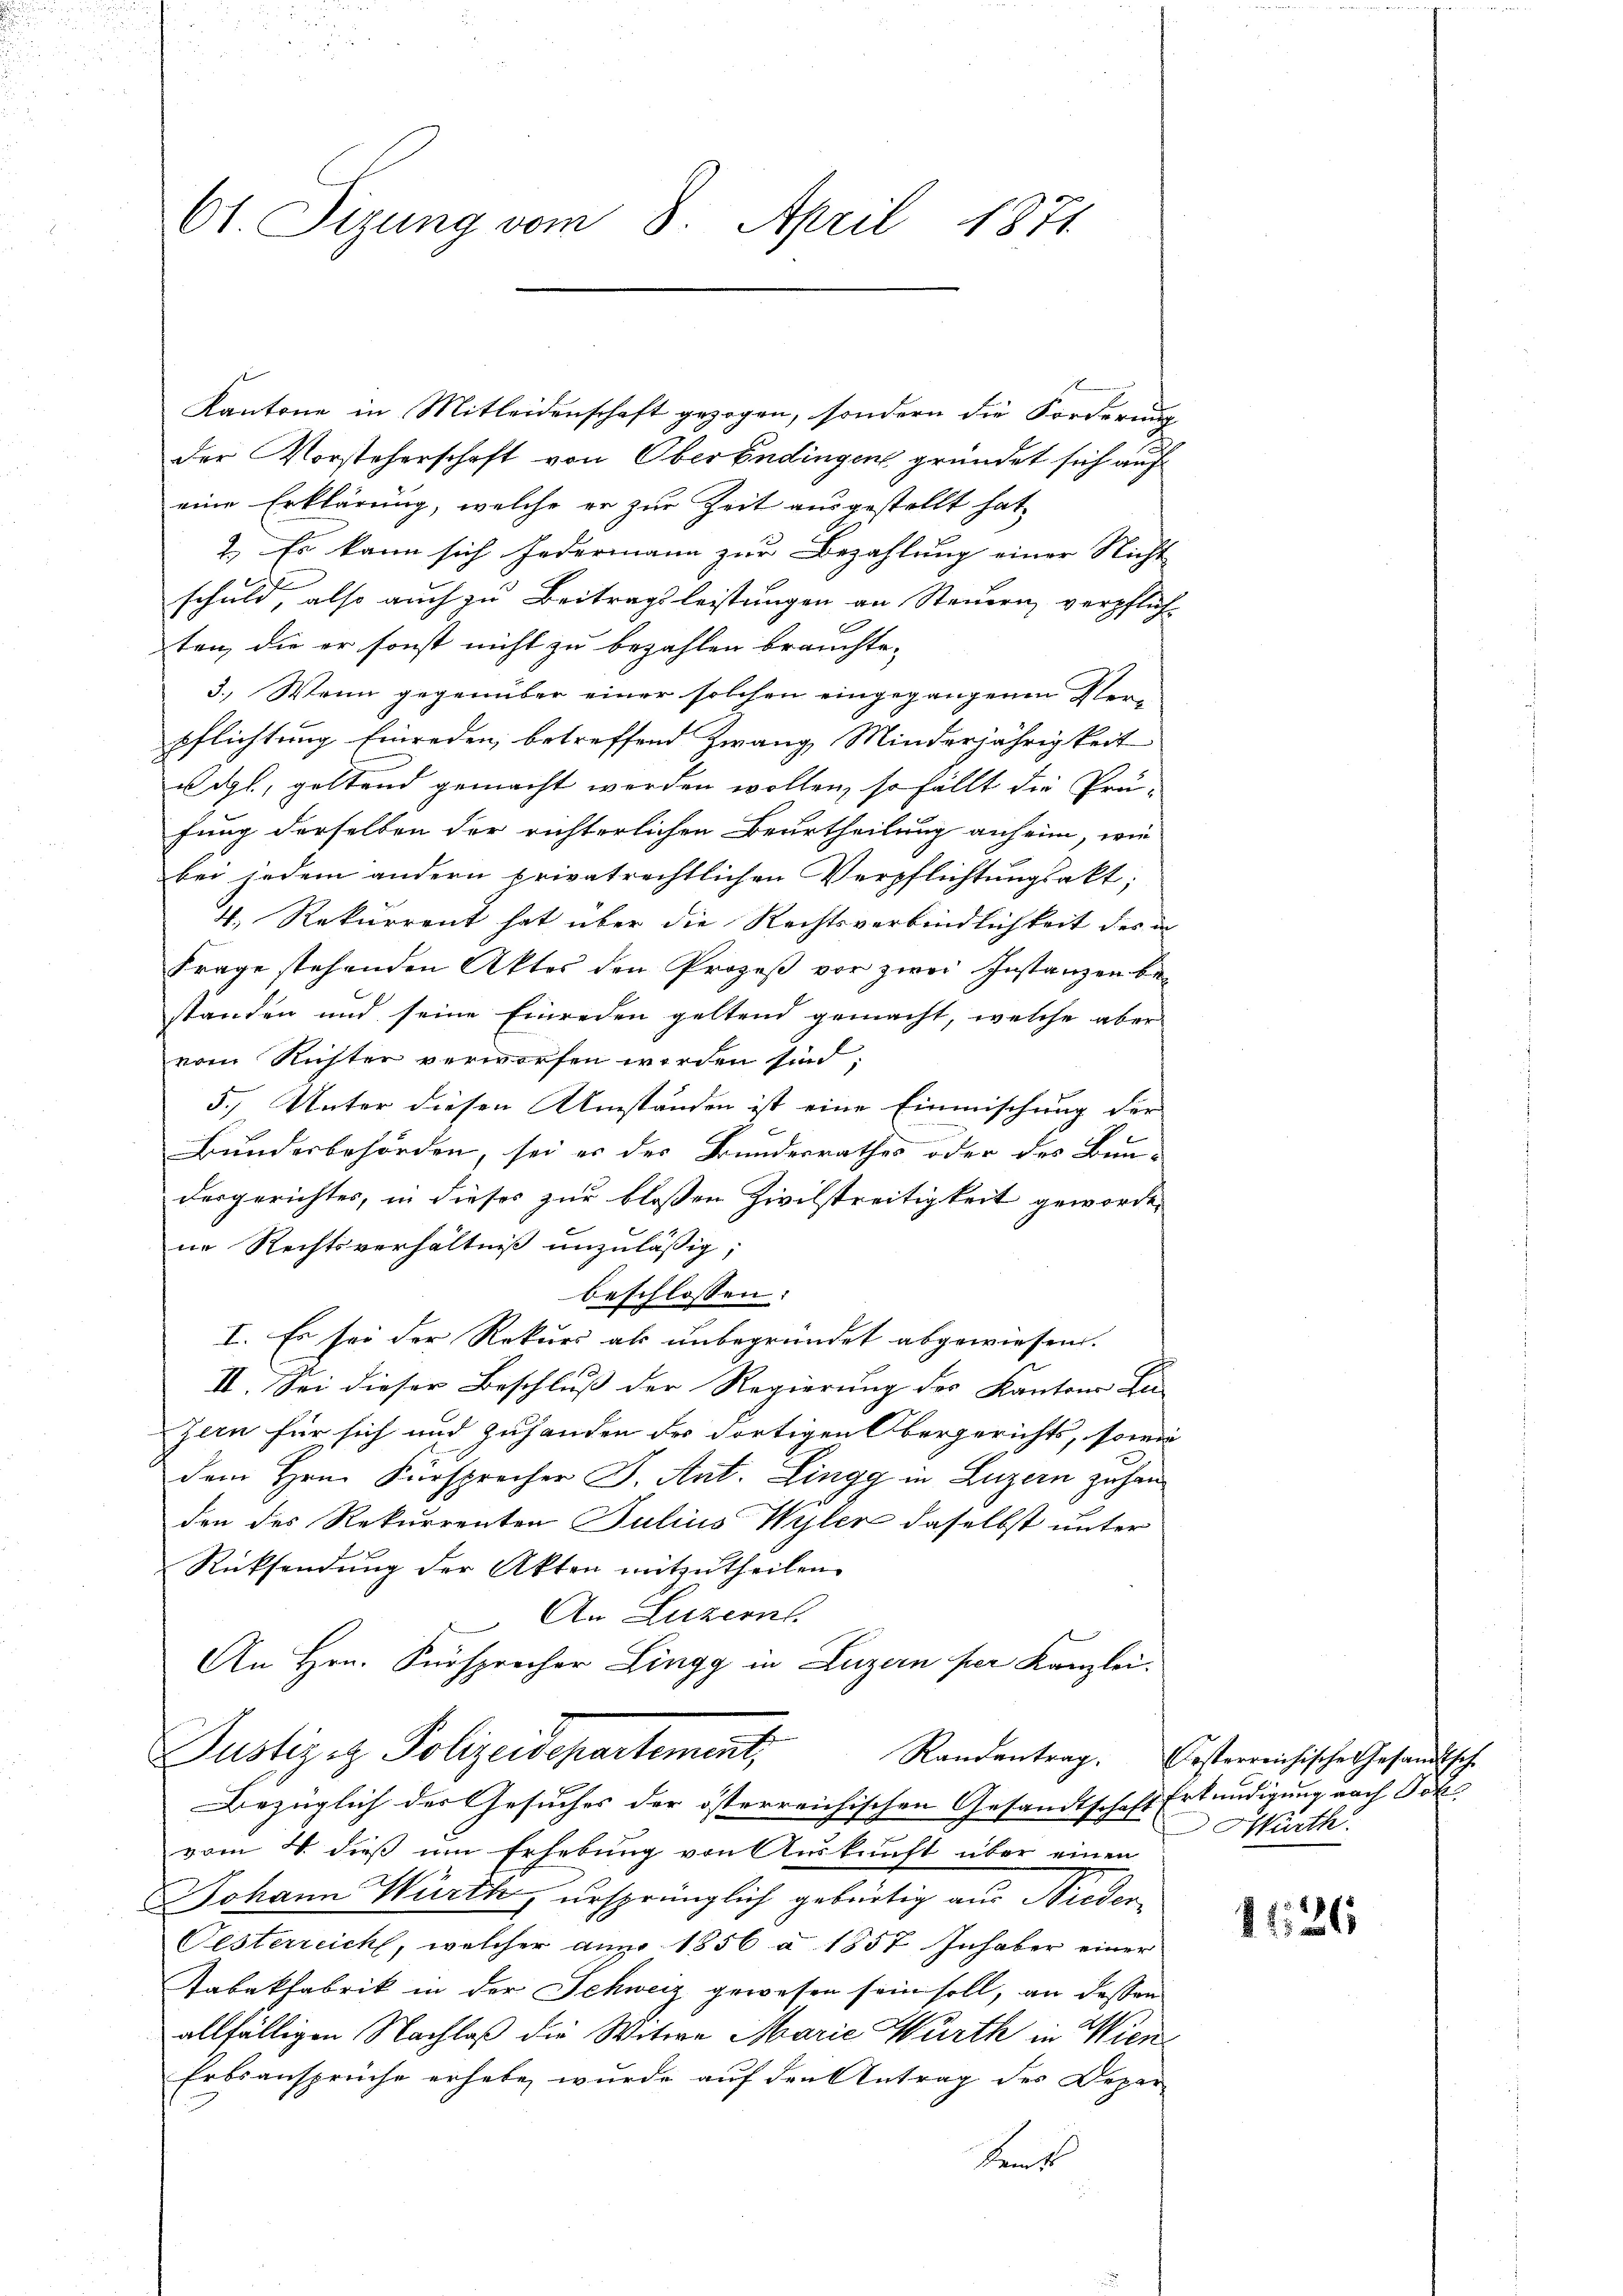
61 Sizung vom 8. April 1871

Kantone in Mitleidenschaft gezogen, sondern die Forderung
der Vorsteherschaft von Oberendingen gründet sich auf
eine Erklärung, welche er zur Zeit ausgestellt hat,
2.) Es kann sich jedermann zur Bezahlung einer Nicht
schuld, also auch zu Beitragsleistungen an Steuern verpflich-
ten, die er sonst nicht zu bezahlen brauchte.
3.) Wenn gegenüber einer solchen eingegangenen Ver-
pflichtung Einreden, betreffend Zwang, Minderjährigkeit
adgl, geltend gemacht werden wollen, so fällt die Prü-
fung derselben der richterlichen Beurtheilung anheim, wie
bei jedem andern privatrechtlichen Verpflichtungsakt;
4. Rekurrent hat über die Rechtsverbindlichkeit des in
Frage stehenden Aktes den Prozeß vor zwei Instanzen bestanden und seine Einreden geltend gemacht, welche aber
vom Richter verworfen worden sind;
5.) Unter diesen Umständen ist eine Einmischung der
Bundesbehörden, sei er des Bundesrathes oder des Bun-
dergerichtes, in dieses zur bloßen Zivilstreitigkeit geworden
ne Rechtsverhältniß unzulässig;
beschlossen:
I. Es sei der Rekurs als unbegründet abgewiesen.
II. Sei dieser Beschluß der Regierung des Kantons Ba-
zern für sich und zuhanden des dortigen Obergerichts, sowie
dem Hrn. Fürsprecher J. Ant. Lingg in Luzern zu handen des Rekurrenten Julius Wyler daselbst unter
Rücksendung der Akten mitzutheilen.
An Luzern
e
An Hrn. Fürsprocher Lingg in Luzern per Kanzlei.
Justiz et Polizeidepartement,
Bezüglich der Gesuches der österreichischen Gesandtschaft Wirth.
vom 4. dieß um Erhebung von Auskunft über einen
Johann Würth, ursprünglich gebürtig aus Nieder¬
Oesterreich, welcher aus 1856 a 1857 Inhaber einer
Tabakfabrik in der Schweiz gewesen sein soll, an dessen
allfälligen Nachlaß die Witwe Marie Würth in Wien
Erbsansprüche erhabe, wurde auf den Antrag des Depar
kent

Randentrag. Oesterreichische Gesandtsche

Erkundigung nach Sch

1126